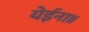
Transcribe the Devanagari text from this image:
येईना॥